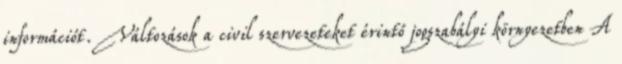
információt. Változások a civil szervezeteket érintő jogszabályi környezetben A